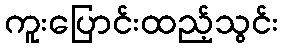
ကူးပြောင်းထည့်သွင်း